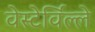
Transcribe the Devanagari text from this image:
वेस्टेर्विल्ले